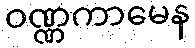
ဝဏ္ဏကာမေန